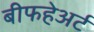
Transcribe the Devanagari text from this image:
बीफहेअर्ट